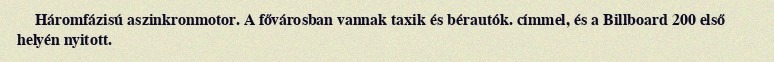
Háromfázisú aszinkronmotor. A fővárosban vannak taxik és bérautók. címmel, és a Billboard 200 első helyén nyitott.